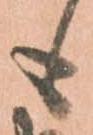
も